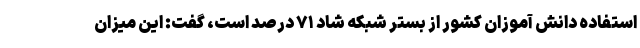
استفاده دانش آموزان کشور از بستر شبکه شاد ۷۱ درصد است، گفت: این میزان